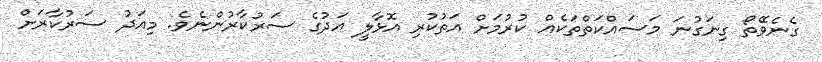
ގެނެވޭތޯ ގިނަގުނަ މަސައްކަތްތަކެއް ކުރުމަށް އަތުކުރި އޮޅާލީ އަދުގެ ސަރުކާރުންނެވެ. މިއަދު ސަރުކާރަށް